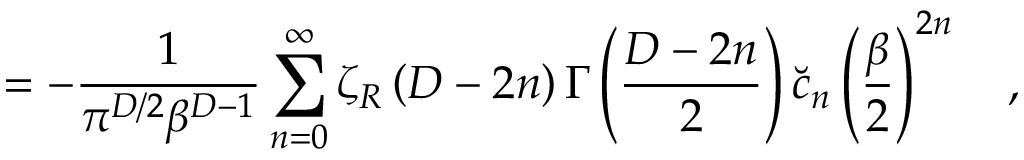
= - { \frac { 1 } { \pi ^ { D / 2 } \beta ^ { D - 1 } } } \sum _ { n = 0 } ^ { \infty } \zeta _ { R } \left( D - 2 n \right) \Gamma \left( { \frac { D - 2 n } { 2 } } \right) \breve { c } _ { n } \left( { \frac { \beta } { 2 } } \right) ^ { 2 n } ~ ~ ~ ,